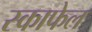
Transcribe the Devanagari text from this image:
स्काफेल